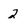
Character: 2